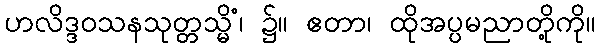
ဟလိဒ္ဒဝသနသုတ္တသ္မိံ၊ ၌။ ဧတာ၊ ထိုအပ္ပမညာတို့ကို။